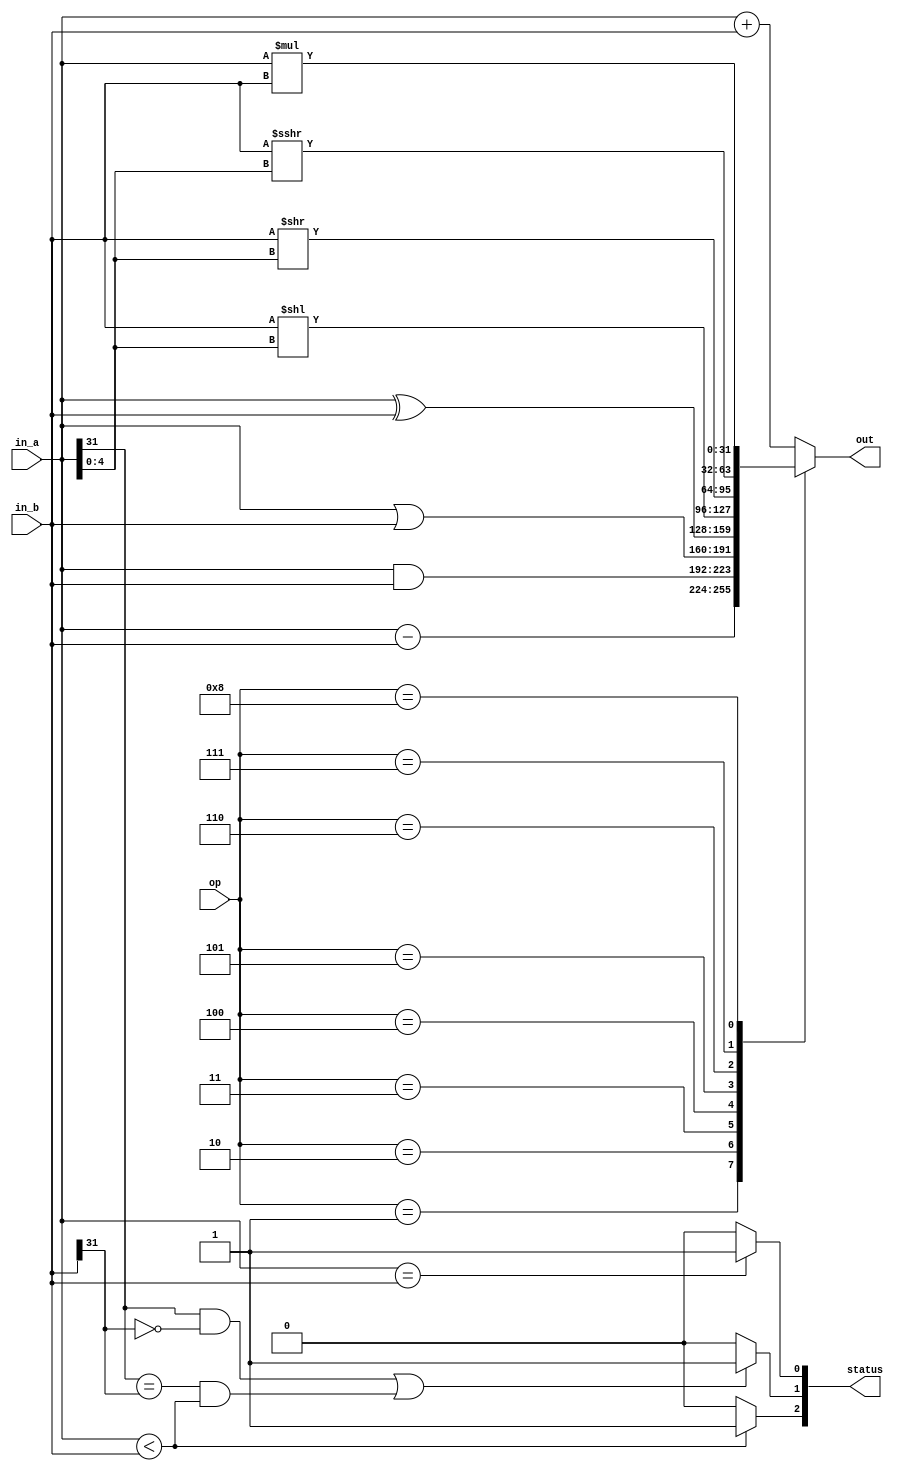
module ALU (	
	in_a,
	in_b,
	op,

	status,
	out	
);


//------------------------------------------------------------------
//                 -- Input/output Declarations --                  
//------------------------------------------------------------------
input [31:0]in_a;
input [31:0]in_b;
input [3:0]op;

output [2:0]status;
output [31:0]out;
reg [2:0]status;
reg [31:0]out;


//------------------------------------------------------------------
//                 -- Begin Declarations & Coding --                  
//------------------------------------------------------------------

parameter   ADD = 4'd0,
				SUB = 4'd1,
				AND = 4'd2,
				OR =  4'd3,
				XOR = 4'd4,
				SLL = 4'd5,
				SRL = 4'd6,
				SRA = 4'd7,
				MUL = 4'd8;

			
always @(*)
begin

// out: out

	case (op)
		ADD: out = in_a + in_b;
		SUB: out = in_a - in_b;
		AND: out = in_a & in_b;
		OR:  out = in_a | in_b;
		XOR: out = in_a ^ in_b;
		
		// Note: Shift amount from in_a, value in in_B
		SLL: out = in_b << in_a[4:0];
		SRL: out = in_b >> in_a[4:0];
		SRA: out = $signed(in_b) >>> $signed(in_a[4:0]);
		MUL: out = in_a * in_b;
		default: out = in_a + in_b;
	endcase
		
		
		
		
// STATUS REGISTERS: status

	// equal
	if (in_a == in_b)
		status[0] = 1'b1;
	else
		status[0] = 1'b0;
			
	// less than signed		
	if (	(in_a[31] == 1'b1 && in_b[31] == 1'b0) || (in_a[31] == in_b[31] && in_a < in_b) )
		status[1] = 1'b1;
	else
		status[1] = 1'b0;
		
	// less than unsigned
	if (in_a < in_b)
		status[2] = 1'b1;
	else
		status[2] = 1'b0;
	
end



endmodule